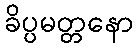
ခိပ္ပမတ္တနော